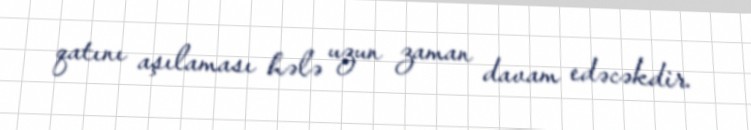
qatını aşılaması hələ uzun zaman davam edəcəkdir.